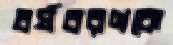
বর্ষবরণকে